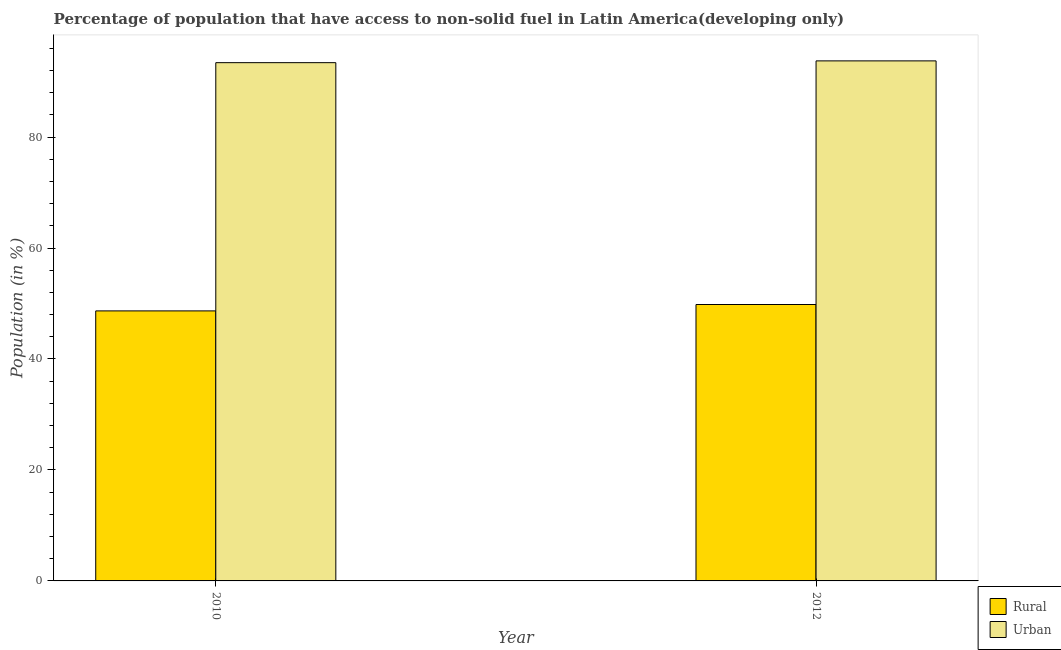
| Year | Rural | Urban |
 | --- | --- | --- |
 | 2010 | 48.7 | 93.4 |
 | 2012 | 49.8 | 93.7 |